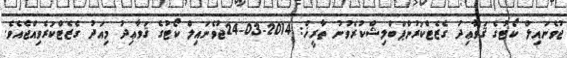
ޖުވެނައިލް ކޯޓުގެ ޤަވާޢިދު ގެޒެޓްކުރުންޕަބްލިޝްކުރެވުނު ތާރީޚް: 2014-03-24ޖުވެނައިލް ކޯޓުގެ ޤަވާޢިދު މިއަދު ގެޒެޓްކުރެވިއްޖެއެވެ.